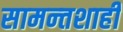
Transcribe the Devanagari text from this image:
सामन्‍तशाही